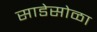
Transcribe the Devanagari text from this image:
साडेसोळा